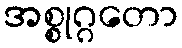
အစ္စုဂ္ဂတော